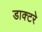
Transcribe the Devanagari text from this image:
डाक्टरे